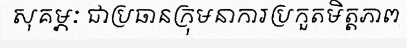
សុគម្ភៈ ជាប្រធានក្រុមនាការប្រកួតមិត្តភាព